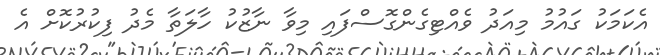
އެކަމަކު ގައުމު މިއަދު ވެއްޓިގެންގޮސްފައި މިވާ ނާޒުކު ހާލަތާ މެދު ފިކުރުކޮށް އެ